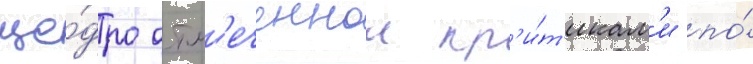
ще́дро отм'еченнои кр'и́т'икам'и по́